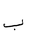
Letter: _ba